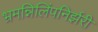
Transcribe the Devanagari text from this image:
भ्रमन्निलिंपनिर्झरी